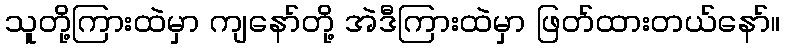
သူတို့ကြားထဲမှာ ကျနော်တို့ အဲဒီကြားထဲမှာ ဖြတ်ထားတယ်နော်။